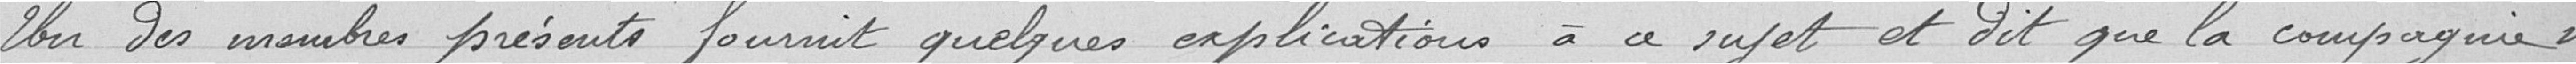
Un des membres présents fournit quelques explications à ce sujet et dit que la compagnie ne